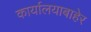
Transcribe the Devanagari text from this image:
कार्यालयाबाहेर